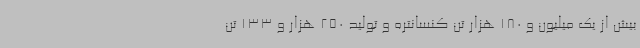
بیش از یک میلیون و 180 هزار تن کنسانتره و تولید 250 هزار و 133 تن